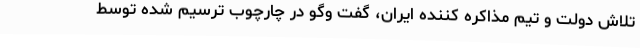
تلاش دولت و تیم مذاکره کننده ایران، گفت‌ وگو در چارچوب ترسیم شده توسط